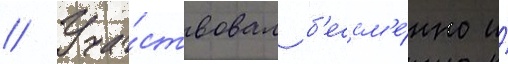
// Уча́ствовал б'ессм'е́нно и́